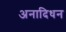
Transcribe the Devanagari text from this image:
अनादिधन